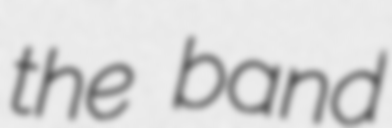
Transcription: the band